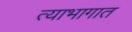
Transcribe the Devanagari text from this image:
त्याभागात